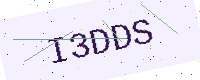
Text: I3DDS